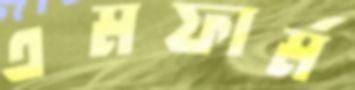
এমফার্ম